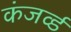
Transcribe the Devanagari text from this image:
कंजर्व्ड